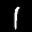
Label: 1